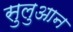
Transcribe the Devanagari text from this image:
सुलुआन